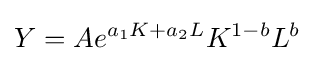
Y=Ae^{a_{1}K+a_{2}L}K^{1-b}L^{b}